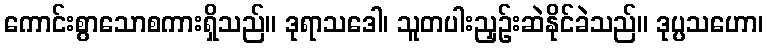
ကောင်းစွာသောစကားရှိသည်။ ဒုရာသဒေါ၊ သူတပါးညှဉ်းဆဲနိုင်ခဲသည်။ ဒုပ္ပသဟော၊